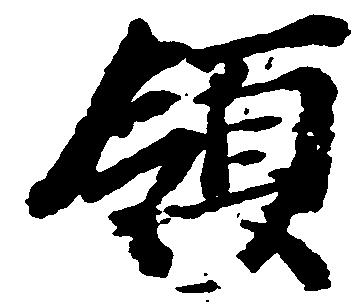
領